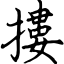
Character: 摟